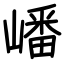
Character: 嶓